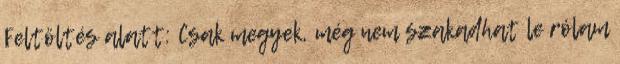
Feltöltés alatt: Csak megyek, még nem szakadhat le rólam